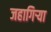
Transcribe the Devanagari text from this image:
जहागिऱ्या